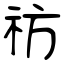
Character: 祊